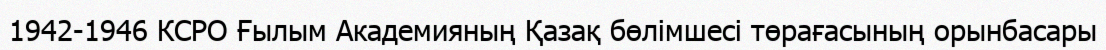
1942-1946 КСРО Ғылым Академияның Қазақ бөлімшесі төрағасының орынбасары